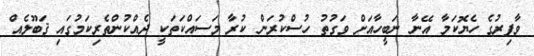
ވާފިރުގެ ހެޔޮކަމާ އޭނާ ނަބީހާއަށް ވަގުތު ހުސްކުރަން ކުރާ މަސައްކަތަކީ ދެއްކުންތެރިކަމުގައި ޤަބޫލެއް